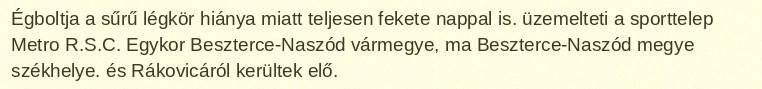
Égboltja a sűrű légkör hiánya miatt teljesen fekete nappal is. üzemelteti a sporttelep Metro R.S.C. Egykor Beszterce-Naszód vármegye, ma Beszterce-Naszód megye székhelye. és Rákovicáról kerültek elő.